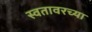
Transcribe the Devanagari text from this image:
स्वतावरच्या